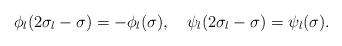
LaTeX: \begin{align*} \phi _l(2\sigma _l-\sigma) = -\phi _l(\sigma ), \quad \psi _l(2\sigma _l - \sigma) = \psi _l(\sigma).\end{align*}